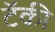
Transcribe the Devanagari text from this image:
टॅकी